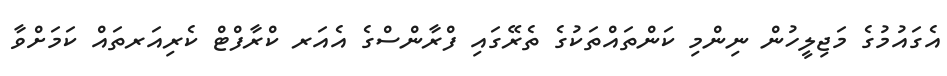
އެގައުމުގެ މަޖިލީހުން ނިންމި ކަންތައްތަކުގެ ތެރޭގައި ފްރާންސްގެ އެއަރ ކްރާފްޓް ކެރިއަރތައް ކަމަށްވާ